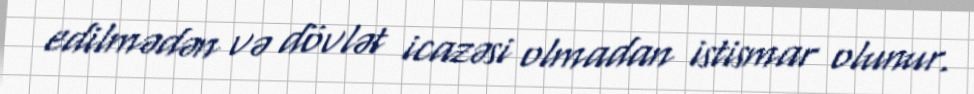
edilmədən və dövlət icazəsi olmadan istismar olunur.